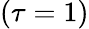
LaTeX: (\tau=1)